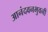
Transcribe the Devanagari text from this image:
आनंदवनभुवनी